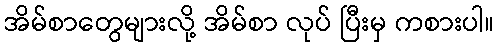
အိမ်စာတွေများလို့ အိမ်စာ လုပ် ပြီးမှ ကစားပါ။